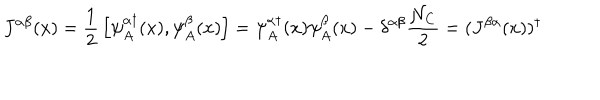
LaTeX: J ^ { \alpha \beta } ( x ) = { \frac { 1 } { 2 } } \left[ \psi _ { A } ^ { \alpha \dagger } ( x ) , \psi _ { A } ^ { \beta } ( x ) \right] = \psi _ { A } ^ { \alpha \dagger } ( x ) \psi _ { A } ^ { \beta } ( x ) - \delta ^ { \alpha \beta } { \frac { { \cal N } _ { C } } { 2 } } = ( J ^ { \beta \alpha } ( x ) ) ^ { \dagger }